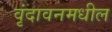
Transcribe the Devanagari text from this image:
वृंदावनमधील